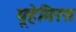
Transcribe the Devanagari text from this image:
यूहेमिरस